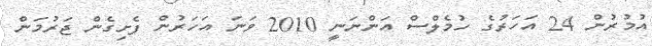
އުމުރުން 24 އަހަރުގެ ހުމެލްސް އަންނަނީ 2010 ވަނަ އަހަރުން ފެށިގެން ޖަރުމަން